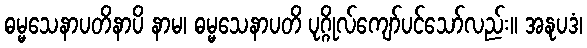
ဓမ္မသေနာပတိနာပိ နာမ၊ ဓမ္မသေနာပတိ ပုဂ္ဂိုလ်ကျော်ပင်သော်လည်း။ အနုပဒံ၊